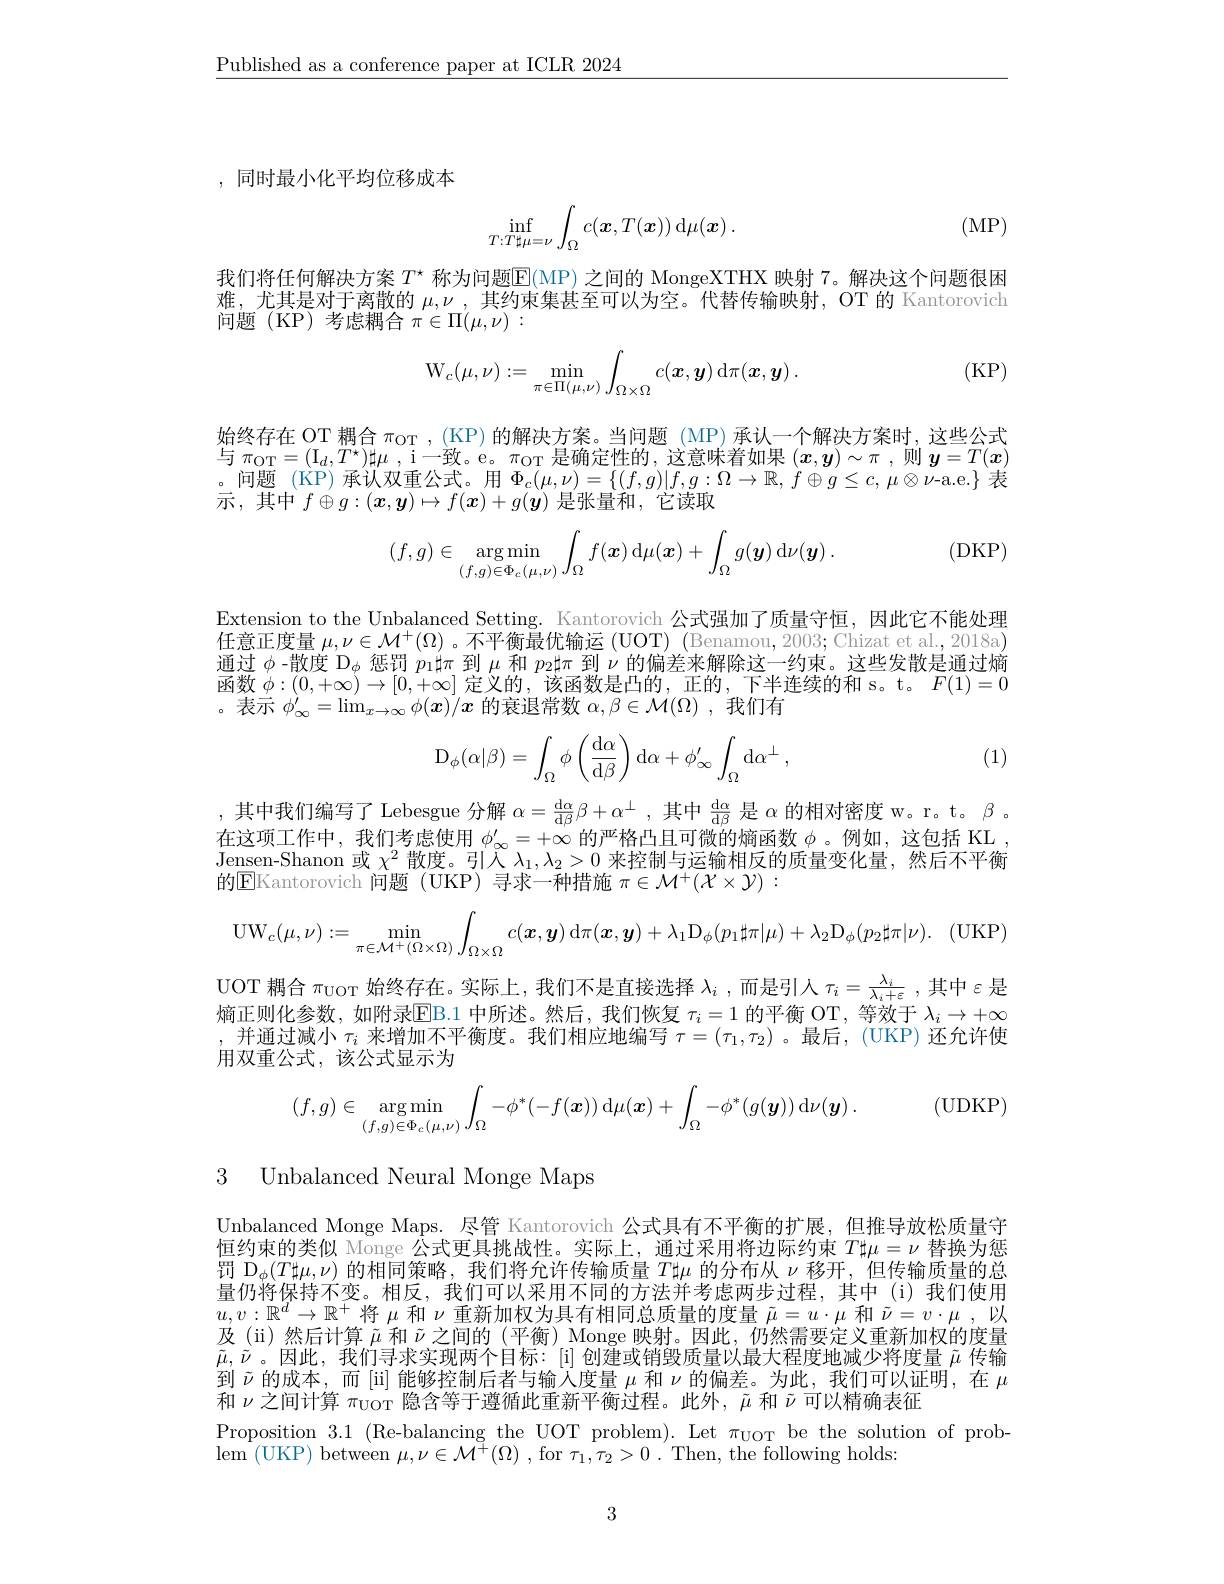
$\underline{\text{Published as a conference paper at ICLR 2024}}$

, 同时最小化平均位移成本

(MP)
$$\inf_{T:T\sharp\mu=\nu}\int_{\Omega}c(\boldsymbol{x},T(\boldsymbol{x}))\:\mathrm{d}\mu(\boldsymbol{x})\:.$$
我们将任何解决方案 $T^\star$ 称为问题$\mathbb{E}($MP) 之间的 MongeXTHX 映射 7。解决这个问题很困难，尤其是对于离散的$\mu,\nu_{-2}$,其约束集甚至可以为空。代替传输映射，OT 的 Kantorovich 问题(KP)考虑耦合$\pi\in\Pi(\mu,\nu):$

(KP)
$$\mathrm W_c(\mu,\nu):=\min_{\pi\in\Pi(\mu,\nu)}\int_{\Omega\times\Omega}c(\boldsymbol x,\boldsymbol y)\:\mathrm d\pi(\boldsymbol x,\boldsymbol y)\:.$$
始终存在 OT 耦合$\pi_\mathrm{OT},($KP)的解决方案。当问题 (MP)承认一个解决方案时，这些公式与$\pi _{\mathrm{OT}}= ( \mathrm{I} _d, T^* ) \sharp \mu$ , i一致。e。$\pi_\mathrm{OT}$是确定性的，这意味着如果$(x,\boldsymbol{y})\sim\pi$ ,则$\boldsymbol{y}=T(\boldsymbol{x})$ 。问题(KP)承认双重公式。用$\Phi_c(\mu,\nu)=\{(f,g)|f,g:\Omega\to\mathbb{R},f\oplus g\leq c,\mu\otimes\nu$-a.e.$\}$ 表示，其中$f\oplus g:(\boldsymbol{x},\boldsymbol{y})\mapsto f(\boldsymbol{x})+g(\boldsymbol{y})$是张量和，它读取
$$(f,g)\in\underset{(f,g)\in\Phi_c(\mu,\nu)}{\arg\min}\int_\Omega f(\boldsymbol{x})\:\mathrm{d}\mu(\boldsymbol{x})+\int_\Omega g(\boldsymbol{y})\:\mathrm{d}\nu(\boldsymbol{y})\:.$$
(DKP)

Extension to the Unbalanced Setting. Kantorovich 公式强加了质量守恒，因此它不能处理任意正度量$\mu,\nu\in\mathcal{M}^+(\Omega)$ 。不平衡最优输运 (UOT) (Benamou, 2003; Chizat et al., 2018a) 通过$\phi$ -散度$\mathcal{D}_\phi$惩罚$p_1\sharp\pi$到$\mu$和$p_2\sharp\pi$到$\nu$的偏差来解除这一约束。这些发散是通过熵函数$\phi:(0,+\infty)\to[0,+\infty]$定义的 ,该函数是凸的，正的 ,下半连续的和 s。t。$F(1)=0$ 。表示$\phi_\infty^{\prime}=\lim_{x\to\infty}\phi(\boldsymbol{x})/\boldsymbol{x}$的衰退常数$\alpha,\beta\in\mathcal{M}(\Omega)$ ,我们有
$$\mathrm D_\phi(\alpha|\beta)=\int_\Omega\phi\left(\frac{\mathrm d\alpha}{\mathrm d\beta}\right)\mathrm d\alpha+\phi'_\infty\int_\Omega\mathrm d\alpha^\perp\:,$$
(1)

其中我们编写了 Lebesgue 分解$\alpha=\frac{\mathrm{d}\alpha}{\mathrm{d}\beta}\beta+\alpha^\perp$,其中$\frac\mathrm{d}\alpha{\mathrm{d}\beta}$是$\alpha$的相对密度 w。r。t。$\beta$ . 在这项工作中，我们考虑使用$\phi_\infty^{\prime}=+\infty$的严格凸且可微的熵函数$\phi$。例如，这包括 KL , Jensen-Shanon 或$\chi^2$散度。引入$\lambda_1,\lambda_2>0$来控制与运输相反的质量变化量，然后不平衡的$\boxed{\mathrm{E}}$Kantorovich 问题 (UKP) 寻求一种措施 $\pi\in\mathcal{M}^+(\mathcal{X}\times\mathcal{Y}):$
$$\mathrm{UW}_{c}(\mu,\nu):=\min_{\pi\in\mathcal{M}^{+}(\Omega\times\Omega)}\int_{\Omega\times\Omega}c(\boldsymbol{x},\boldsymbol{y})\:\mathrm{d}\pi(\boldsymbol{x},\boldsymbol{y})+\lambda_{1}\mathrm{D}_{\phi}(p_{1}\sharp\pi|\mu)+\lambda_{2}\mathrm{D}_{\phi}(p_{2}\sharp\pi|\nu).$$
UOT 耦合$\pi_\mathrm{UOT}$始终存在。实际上，我们不是直接选择$\lambda_i$ ,而是引入$\tau_i=\frac{\lambda_i}{\lambda_i+\varepsilon}$ ,其中$\varepsilon$是熵正则化参数，如附录$\overline{\mathrm{EB.1~}}$中所述。然后，我们恢复 $\tau_i=1$ 的平衡 OT,等效于 $\lambda_i\to+\infty$ ,并通过减小$\tau_i$来增加不平衡度。我们相应地编写$\tau=(\tau_1,\tau_2)$ 。最后，(UKP) 还允许使用双重公式，该公式显示为
$$(f,g)\in\underset{(f,g)\in\Phi_{c}(\mu,\nu)}{\arg\min}\int_{\Omega}-\phi^{*}(-f(\boldsymbol{x}))\:\mathrm{d}\mu(\boldsymbol{x})+\int_{\Omega}-\phi^{*}(g(\boldsymbol{y}))\:\mathrm{d}\nu(\boldsymbol{y})\:.\quad\mathrm{(UDKP)}$$
3 Unbalanced Neural Monge Maps

Unbalanced Monge Maps. 尽管 Kantorovich 公式具有不平衡的扩展，但推导放松质量守恒约束的类似 Monge 公式更具挑战性。实际上，通过采用将边际约束$T\sharp\mu=\nu$替换为惩罚$\mathcal{D}_\phi(T\sharp\mu,\nu)$的相同策略，我们将允许传输质量$T\sharp\mu$的分布从$\nu$移开，但传输质量的总量仍将保持不变。相反，我们可以采用不同的方法并考虑两步过程，其中(i)我们使用$u,v:\mathbb{R}^d\to\mathbb{R}^+$将$\mu$和$\nu$重新加权为具有相同总质量的度量$\tilde{\mu}=u\cdot\mu$和$\tilde{\nu}=v\cdot\mu$ ,以及(ü)然后计算$\tilde{\mu}$和$\tilde{\nu}$之间的(平衡) Monge 映射。因此，仍然需要定义重新加权的度量$\tilde{\mu},\tilde{\nu}$。因此，我们寻求实现两个目标：[i]创建或销毁质量以最大程度地减少将度量$\tilde{\mu}$传输到$\tilde{\nu}$的成本，而 [i] 能够控制后者与输入度量$\mu$和$\nu$的偏差。为此，我们可以证明，在$\mu$ 和$\nu$之间计算$\pi_\mathrm{UOT}$隐含等于遵循此重新平衡过程。此外，$\tilde{\mu}$和$\tilde{\nu}$可以精确表征
Proposition 3.1 (Re-balancing the UOT problem). Let $\pi_\mathrm{UOT}$ be the solution of prob-
$\operatorname{lem}{(\mathrm{UKP})}$between$\mu,\nu\in\mathcal{M}^+(\Omega)$ , for $\tau_1,\tau_2>0.$ Then, the following holds:

3